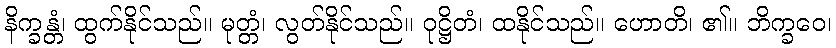
နိက္ခန္တံ၊ ထွက်နိုင်သည်။ မုတ္တံ၊ လွတ်နိုင်သည်။ ဝုဋ္ဌိတံ၊ ထနိုင်သည်။ ဟောတိ၊ ၏။ ဘိက္ခဝေ၊